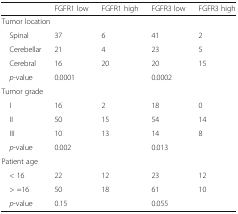
<table><thead><tr><td></td><td><b>FGFR1 low</b></td><td><b>FGFR1 high</b></td><td><b>FGFR3 low</b></td><td><b>FGFR3 high</b></td></tr></thead><tbody><tr><td colspan="5">Tumor location</td></tr><tr><td> Spinal</td><td>37</td><td>6</td><td>41</td><td>2</td></tr><tr><td> Cerebellar</td><td>21</td><td>4</td><td>23</td><td>5</td></tr><tr><td> Cerebral</td><td>16</td><td>20</td><td>20</td><td>15</td></tr><tr><td> <i>p</i>-value</td><td>0.0001</td><td></td><td>0.0002</td><td></td></tr><tr><td colspan="5">Tumor grade</td></tr><tr><td> I</td><td>16</td><td>2</td><td>18</td><td>0</td></tr><tr><td> II</td><td>50</td><td>15</td><td>54</td><td>14</td></tr><tr><td> III</td><td>10</td><td>13</td><td>14</td><td>8</td></tr><tr><td> <i>p</i>-value</td><td>0.002</td><td></td><td>0.013</td><td></td></tr><tr><td colspan="5">Patient age</td></tr><tr><td> &lt; 16</td><td>22</td><td>12</td><td>23</td><td>12</td></tr><tr><td> &gt; =16</td><td>50</td><td>18</td><td>61</td><td>10</td></tr><tr><td> <i>p</i>-value</td><td>0.15</td><td></td><td>0.055</td><td></td></tr></tbody></table>